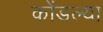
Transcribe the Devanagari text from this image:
कोंडल्या